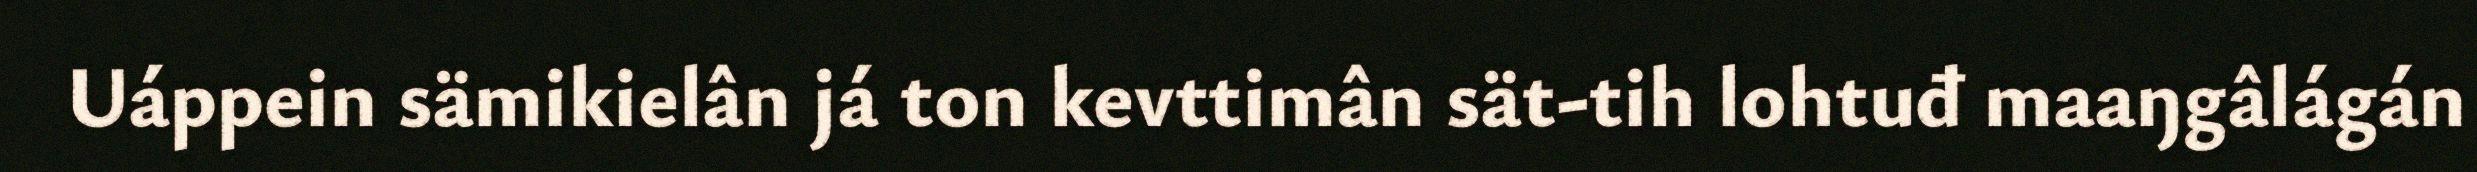
Uáppein sämikielân já ton kevttimân sät-tih lohtuđ maaŋgâlágán